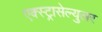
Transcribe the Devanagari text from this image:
एक्स्ट्रासेल्युलर